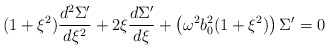
\begin{align*}(1+ \xi^{2} ) \frac{d^{2}{\Sigma^{\prime}}}{d\xi^{2}} + 2\xi\frac{d\Sigma^{\prime}}{d\xi} + \left (\omega^{2}b_{0}^{2}(1+\xi^{2}) \right ) \Sigma^{\prime} = 0\end{align*}